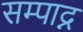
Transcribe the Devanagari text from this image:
सम्पाद्न